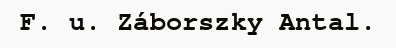
F. u. Záborszky Antal.